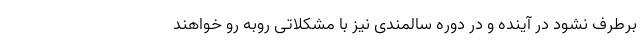
برطرف نشود در آینده و در دوره سالمندی نیز با مشکلاتی روبه رو خواهند